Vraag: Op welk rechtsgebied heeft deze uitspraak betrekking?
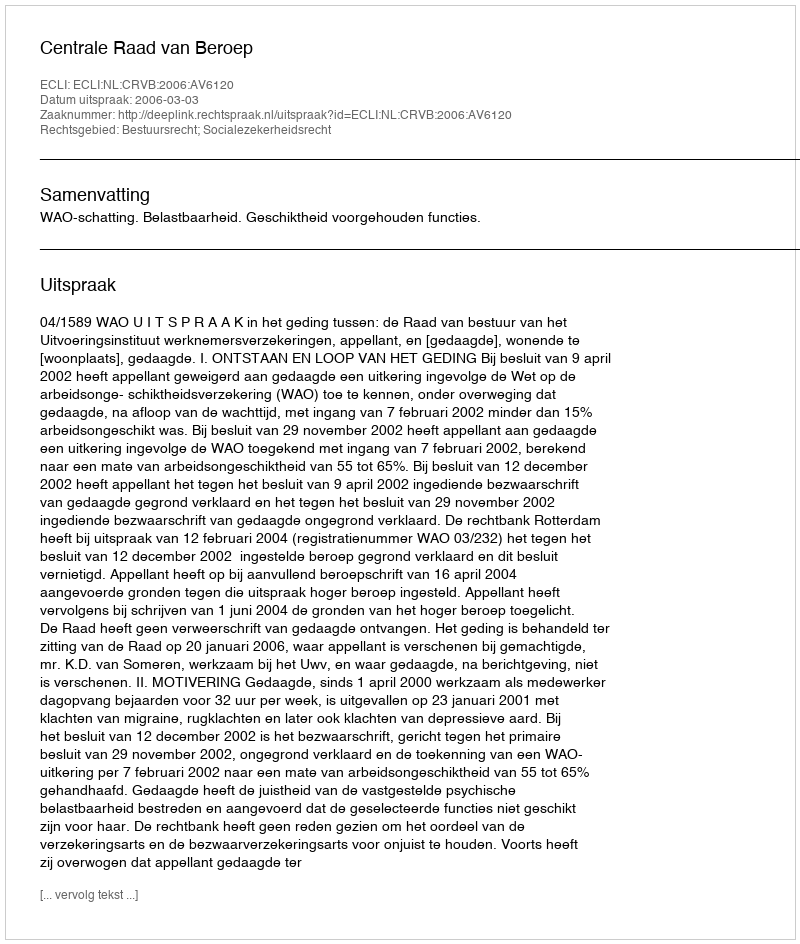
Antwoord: Bestuursrecht; Socialezekerheidsrecht